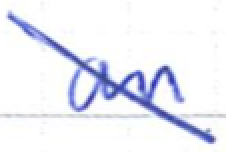
Text: an
Cross-out: diagonal
Writing tool: ballpoint